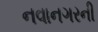
નવાનગરની